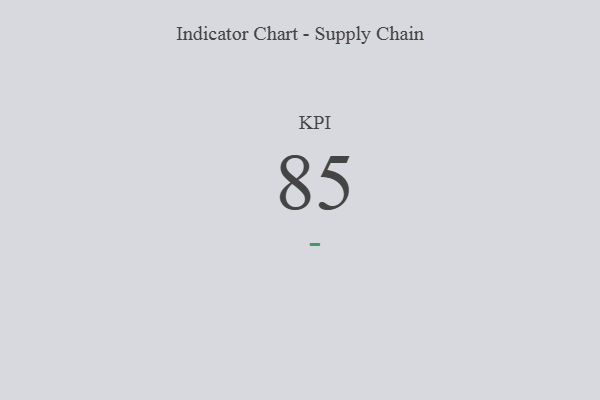
{"axis": {"x": "KPI", "y": "Value"}, "legend": [""], "data": [{"x": "KPI", "y": 85, "type": ""}]}